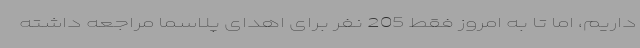
داریم، اما تا به امروز فقط 205 نفر برای اهدای پلاسما مراجعه داشته